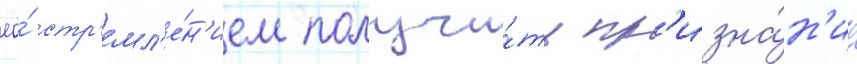
ео́ стр'емл'е́н'ием получи́ть пр'изна́н'ие